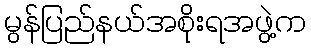
မွန်ပြည်နယ်အစိုးရအဖွဲ့က